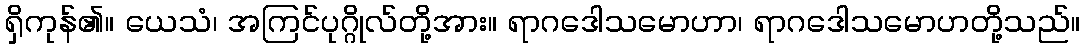
ရှိကုန်၏။ ယေသံ၊ အကြင်ပုဂ္ဂိုလ်တို့အား။ ရာဂဒေါသမောဟာ၊ ရာဂဒေါသမောဟတို့သည်။